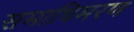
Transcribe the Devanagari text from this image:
समाधिमरण